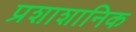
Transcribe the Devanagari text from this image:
प्रशाशानिक